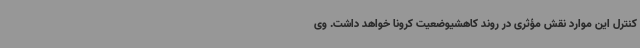
کنترل این موارد نقش مؤثری در روند کاهشیوضعیت کرونا خواهد داشت. وی